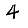
Digit: 4